Lunatic asylums Central Provinces reports 1874-1885 - 1874-1885
Year: 1874
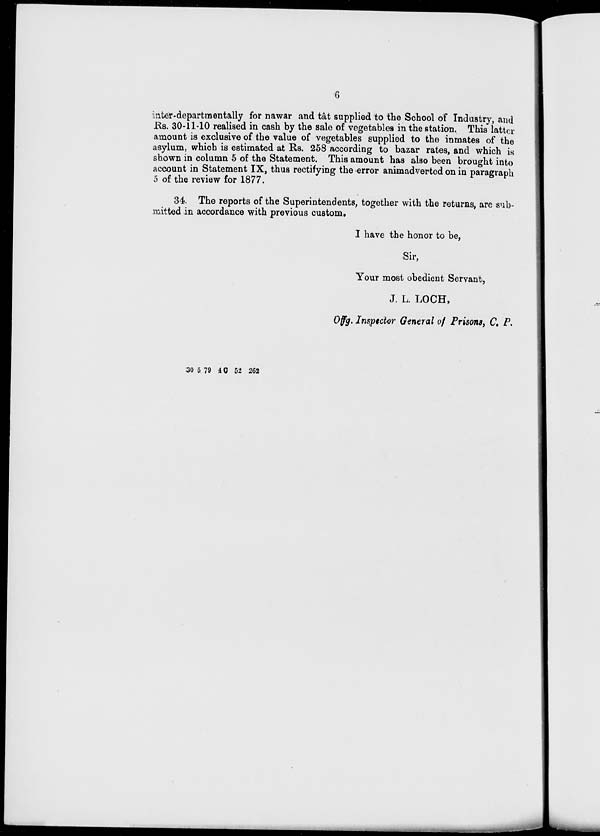
6
inter-departmentally for nawar and tât supplied to the School of Industry, and
Rs. 30-11-10 realised in cash by the sale of vegetables in the station. This latter
amount is exclusive of the value of vegetables supplied to the inmates of the
asylum, which is estimated at Rs. 258 according to bazar rates, and which is
shown in column 5 of the Statement. This amount has also been brought into
account in Statement IX, thus rectifying the error animadverted on in paragraph
5 of the review for 1877.
34. The reports of the Superintendents, together with the returns, are sub-
mitted in accordance with previous custom.
I have the honor to be,
Sir,
Your most obedient Servant,
J. L. LOCH,
Offg. Inspetctor General of Prisons, C. P.
30 5 79 4 C 52 262